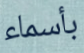
بأسماء